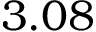
3 . 0 8